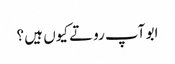
ابو آپ روتے کیوں ہیں ؟